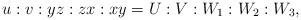
LaTeX: \begin{align*}u:v:yz:zx:xy=U:V:W_{1}:W_{2}:W_{3},\end{align*}